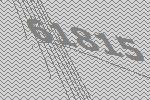
61815